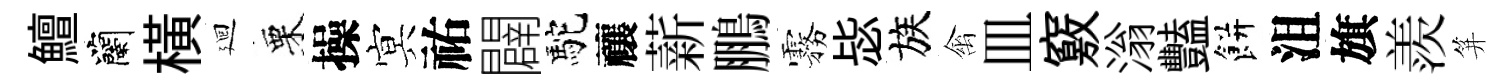
鱣蘭橫廻栗操㝠祐闢駝禳薪鵬霧毖族禽皿竅滃豔餅沮旗羨笄